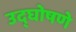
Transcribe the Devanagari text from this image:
उद्घोषणे